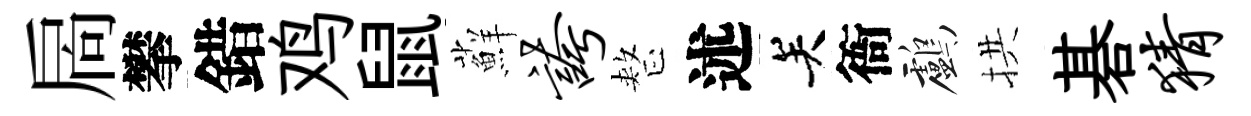
扄攀錯鸡鼠蘚夸整述关衙鸕拱碁猜